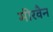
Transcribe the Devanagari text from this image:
मीरवैन